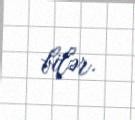
bilər.